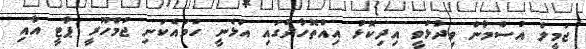
ޖަމީލް އުސްމާން ވިދާޅުވީ އިދިކޮޅު އިއްތޮހާދުގައި އުޅެނީ ހަމައެކަނި ޖުމްހޫރީ ޕާޓީ އާއި